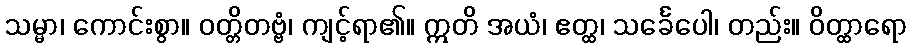
သမ္မာ၊ ကောင်းစွာ။ ဝတ္တိတဗ္ဗံ၊ ကျင့်ရာ၏။ ဣတိ အယံ၊ ဧတ္ထ၊ သင်္ခေပေါ၊ တည်း။ ဝိတ္ထာရော